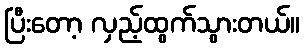
ပြီးတော့ လှည့်ထွက်သွားတယ်။